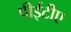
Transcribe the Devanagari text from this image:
पीईटीए